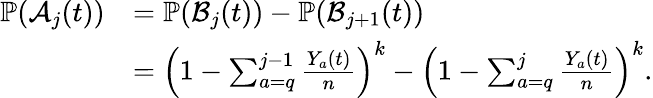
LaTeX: \begin{array}{rl}{\mathbb{P}(\mathcal{A}_{j}(t))}&{=\mathbb{P}(\mathcal{B}_{j}(t))-\mathbb{P}(\mathcal{B}_{j+1}(t))}\\ &{=\left(1-\sum_{a=q}^{j-1}\frac{Y_{a}(t)}{n}\right)^{k}-\left(1-\sum_{a=q}^{j}\frac{Y_{a}(t)}{n}\right)^{k}.}\end{array}